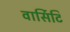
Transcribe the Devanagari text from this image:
वार्सिटि